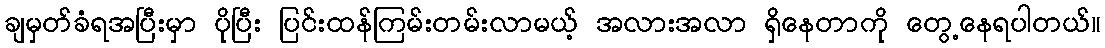
ချမှတ်ခံရအပြီးမှာ ပိုပြီး ပြင်းထန်ကြမ်းတမ်းလာမယ့် အလားအလာ ရှိနေတာကို တွေ့နေရပါတယ်။